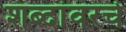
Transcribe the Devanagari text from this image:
शब्दांवरचे